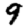
Digit: 9